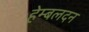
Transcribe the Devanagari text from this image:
हेम्बलदन